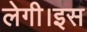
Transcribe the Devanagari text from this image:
लेगी।इस